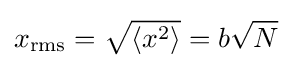
x_{\mathrm {rms} }={\sqrt {\langle x^{2}\rangle }}=b{\sqrt {N}}